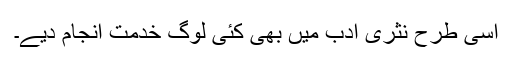
اسی طرح نثری ادب میں بھی کئی لوگ خدمت انجام دیے۔